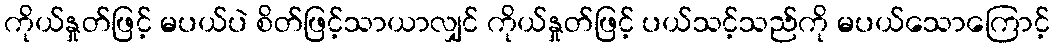
ကိုယ်နှုတ်ဖြင့် မပယ်ပဲ စိတ်ဖြင့်သာယာလျှင် ကိုယ်နှုတ်ဖြင့် ပယ်သင့်သည်ကို မပယ်သောကြောင့်